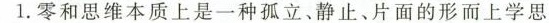
1.零和思维本质上是一种孤立、静止、片面的形而上学思